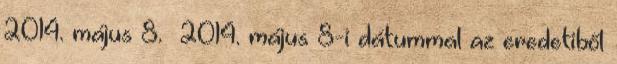
2014. május 8. 2014. május 8-i dátummal az eredetiből